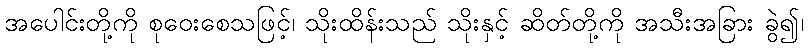
အပေါင်းတို့ကို စုဝေးစေသဖြင့်၊ သိုးထိန်းသည် သိုးနှင့် ဆိတ်တို့ကို အသီးအခြား ခွဲ၍၊